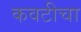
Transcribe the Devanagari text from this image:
कवटीचा